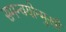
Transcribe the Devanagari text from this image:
समन्वयोन्मुखी